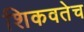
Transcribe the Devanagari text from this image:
शिकवतेच